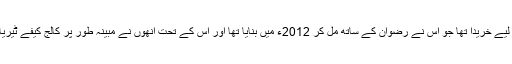
تفتیش کاروں کا اصرار ہے کہ انریک نے دراصل یہ اسلحہ اس دہشت گرد منصوبے کے لیے خریدا تھا جو اس نے رضوان کے ساتھ مل کر 2012ء میں بنایا تھا اور اس کے تحت انھوں نے مبینہ طور پر کالج کیفے ٹیریا یا لائبریری میں پائپ بم پھینکنے اور پھر وہاں سے بھاگنے والوں پر فائرنگ کرنا تھی۔